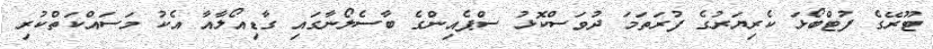
ޓޫރޭގެ ފުޓްބޯޅަ ކެރިޔަރުގެ ފުރަތަމަ ދުވަސްކޮޅު ސްޕެއިންގެ ބާސެލޯނާގައި ގާޑިއޯލާއާ އެކު މަސައްކަތްކުރި